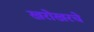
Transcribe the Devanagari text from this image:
खरोखरचे